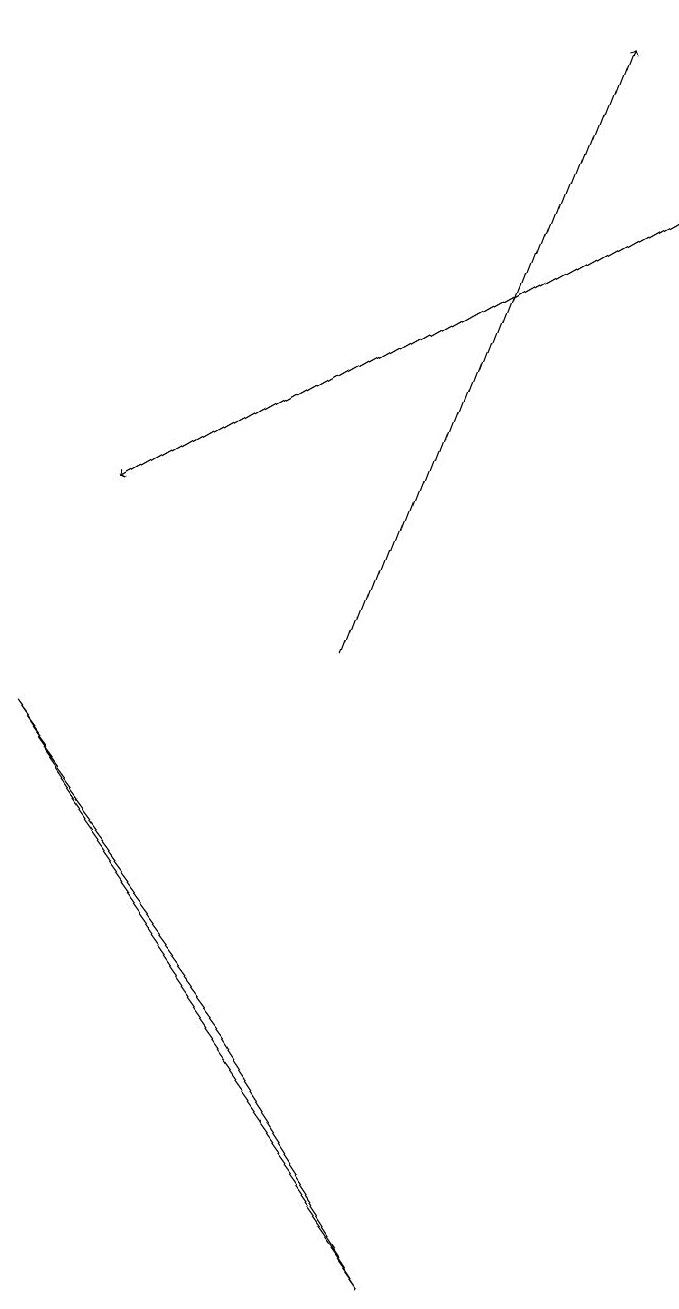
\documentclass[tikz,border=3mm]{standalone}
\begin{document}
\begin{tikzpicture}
\draw[->] (4,10) -- (7,18);
\draw[->] (8,16) -- (1,12);
\draw (3,5) -- (5,2) -- (0,9) -- cycle;
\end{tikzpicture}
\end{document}